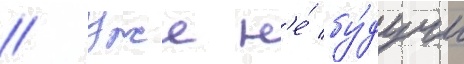
// Уже н'е́ бу́дучи